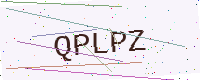
Text: QPLPZ